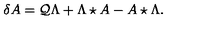
\delta A = \mathcal { Q } \Lambda + \Lambda \star A - A \star \Lambda .